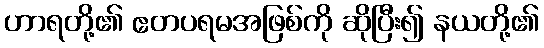
ဟာရတို့၏ ဧတပရမအဖြစ်ကို ဆိုပြီး၍ နယတို့၏